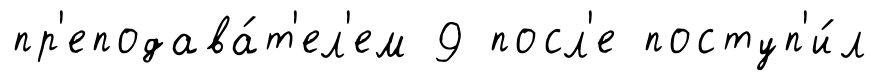
пр'еподава́т'ел'ем 9 посл'е поступ'и́л